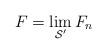
LaTeX: \begin{align*} F = \lim_{\mathcal{S}'} F_n\end{align*}